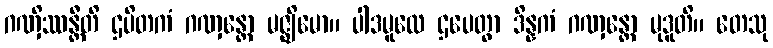
ဂဏှိဿန္တီတိ ဌပိတကံ ဂဏှန္တော မဇ္ဈိမော။ ပါဒမူလေ ဌပေတွာ ဒိန္နကံ ဂဏှန္တော မုဒူတိ။ တေသု